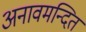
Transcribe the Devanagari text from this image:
अनावमन्दित